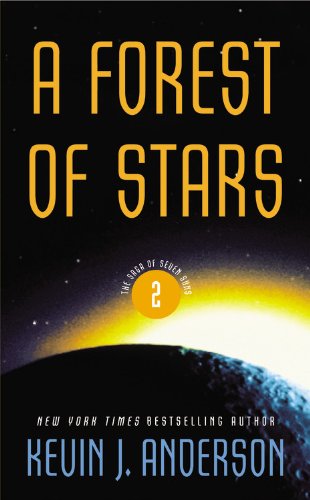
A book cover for A Forest of Stars (The Saga of Seven Suns); Kevin J. Anderson; Romance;